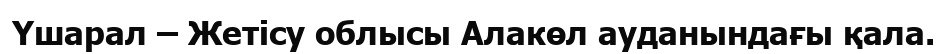
Үшарал – Жетісу облысы Алакөл ауданындағы қала.